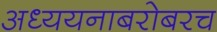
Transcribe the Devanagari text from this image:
अध्ययनाबरोबरच